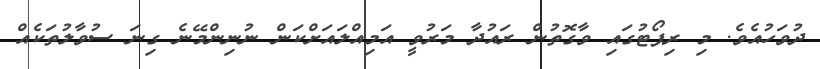
ދުވަހުއެވެ. މި ރިޕޯޓުގައި ވާގޮތުން ރައުދާ މަރުވީ އަމިއްލައަށްކަން ނުނިންމޭނެ ގިނަ ސުވާލުތަކެއް